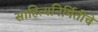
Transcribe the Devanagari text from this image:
साहित्यनिर्मितीचे